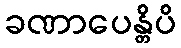
ခဏာပေန္တိပိ